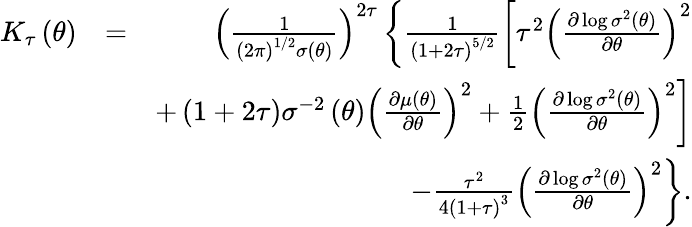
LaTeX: \begin{array}{rlr}{K_{\tau}\left(\theta\right)}&{=}&{\left(\frac{1}{\left(2\pi\right)^{1/2}\sigma\left(\theta\right)}\right)^{2\tau}\left\{ \frac{1}{\left(1+2\tau\right)^{5/2}}\left[\tau^{2}\left(\frac{\partial\log\sigma^{2}\left(\theta\right)}{\partial\theta}\right)^{2}\right.\right.}\\ &{}&{\left.+\left(1+2\tau\right)\sigma^{-2}\left(\theta\right)\left(\frac{\partial\mu\left(\theta\right)}{\partial\theta}\right)^{2}+\frac{1}{2}\left(\frac{\partial\log\sigma^{2}\left(\theta\right)}{\partial\theta}\right)^{2}\right]}\\ &{}&{\left.-\frac{\tau^{2}}{4\left(1+\tau\right)^{3}}\left(\frac{\partial\log\sigma^{2}\left(\theta\right)}{\partial\theta}\right)^{2}\right\} .}\end{array}